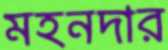
মহনদার